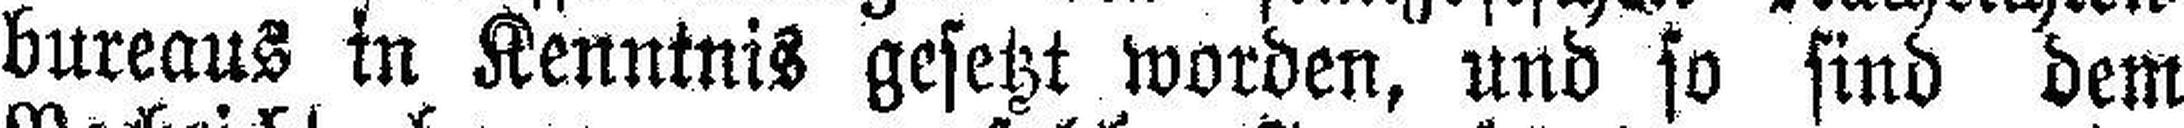
bureaus in Kenntnis gesetzt worden, und so sind dem